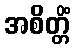
အစိတ္တိံ